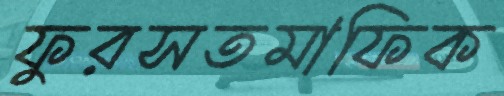
ফুরসতমাফিক